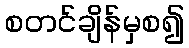
စတင်ချိန်မှစ၍